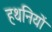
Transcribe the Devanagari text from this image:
हथनियों